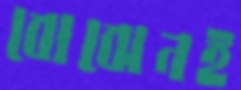
বোঝেনই